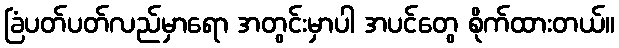
ခြံပတ်ပတ်လည်မှာရော အတွင်းမှာပါ အပင်တွေ စိုက်ထားတယ်။